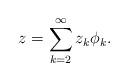
LaTeX: \begin{align*} z= \sum_{k=2}^{\infty} z_{k} \phi_{k} . \end{align*}